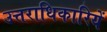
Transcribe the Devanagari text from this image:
उत्तराधिकारियें